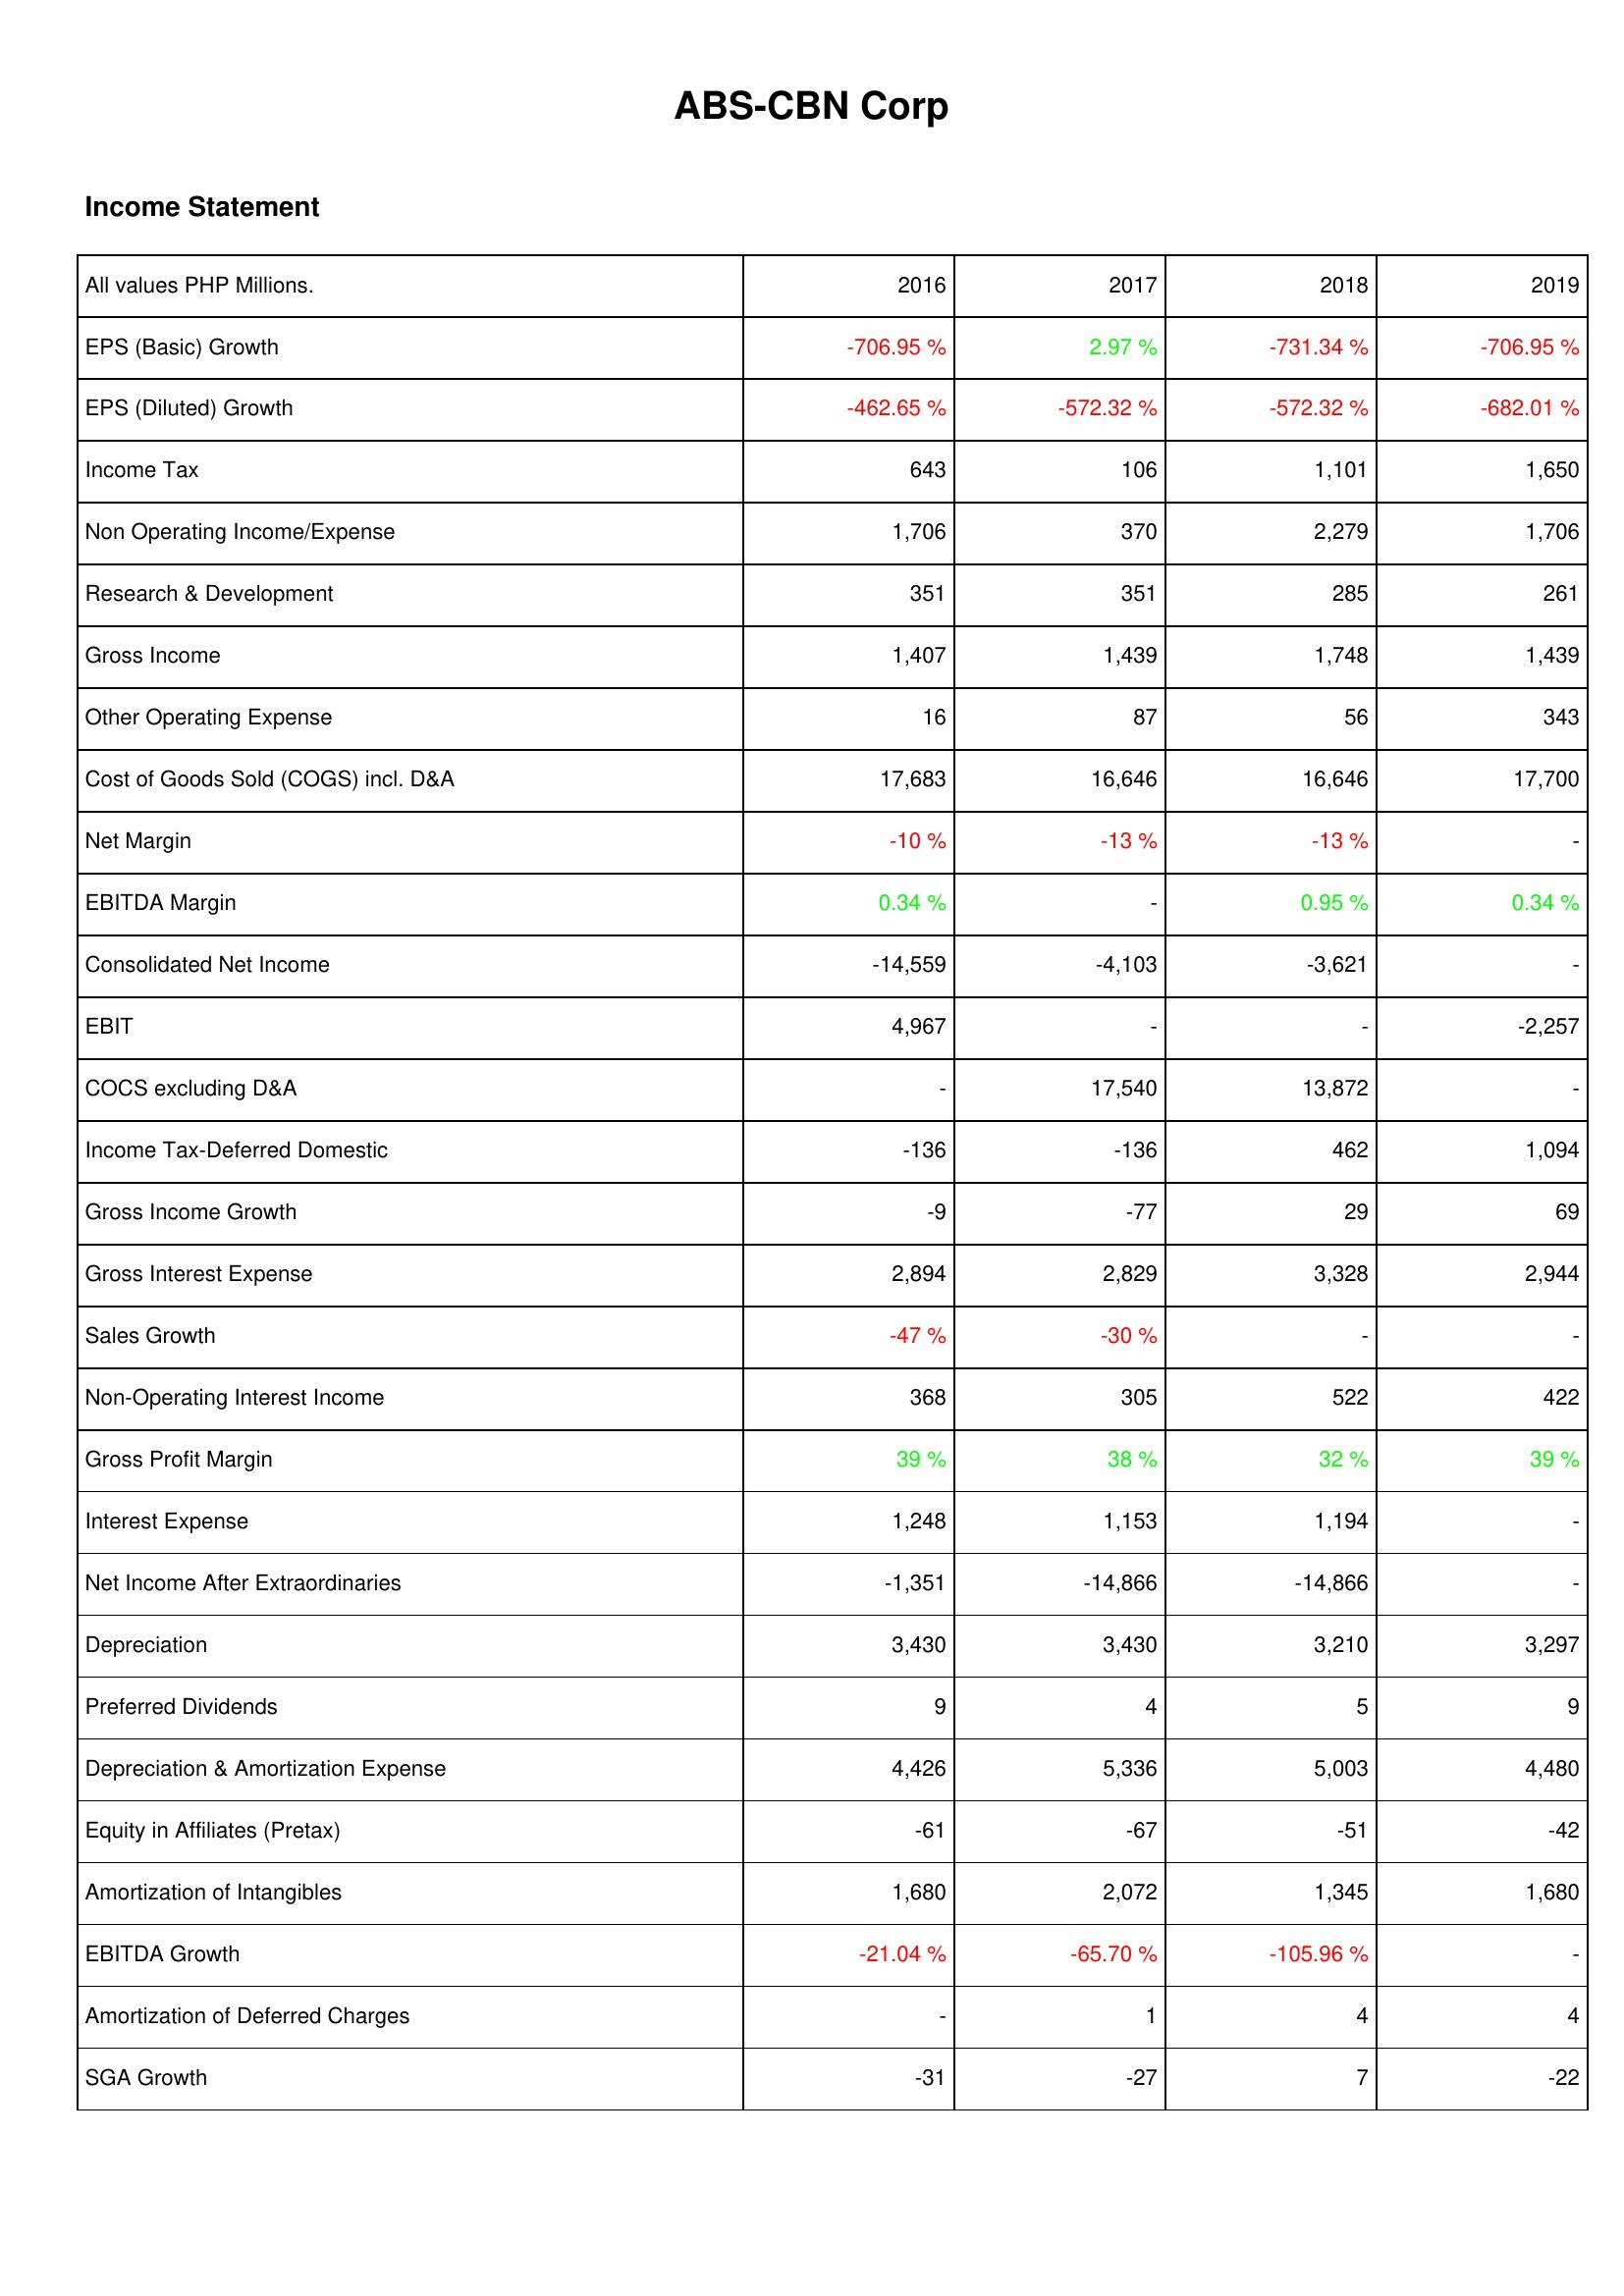
2016: Income Statement: EPS (Basic) Growth: -706.95 %
EPS (Diluted) Growth: -462.65 %
Income Tax: 643
Non Operating Income/Expense: 1,706
Research & Development: 351
Gross Income: 1,407
Other Operating Expense: 16
Cost of Goods Sold (COGS) incl. D&A: 17,683
Net Margin: -10 %
EBITDA Margin: 0.34 %
Consolidated Net Income: -14,559
EBIT: 4,967
COCS excluding D&A: -
Income Tax-Deferred Domestic: -136
Gross Income Growth: -9
Gross Interest Expense: 2,894
Sales Growth: -47 %
Non-Operating Interest Income: 368
Gross Profit Margin: 39 %
Interest Expense: 1,248
Net Income After Extraordinaries: -1,351
Depreciation: 3,430
Preferred Dividends: 9
Depreciation & Amortization Expense: 4,426
Equity in Affiliates (Pretax): -61
Amortization of Intangibles: 1,680
EBITDA Growth: -21.04 %
Amortization of Deferred Charges: -
SGA Growth: -31
2017: Income Statement: EPS (Basic) Growth: 2.97 %
EPS (Diluted) Growth: -572.32 %
Income Tax: 106
Non Operating Income/Expense: 370
Research & Development: 351
Gross Income: 1,439
Other Operating Expense: 87
Cost of Goods Sold (COGS) incl. D&A: 16,646
Net Margin: -13 %
EBITDA Margin: -
Consolidated Net Income: -4,103
EBIT: -
COCS excluding D&A: 17,540
Income Tax-Deferred Domestic: -136
Gross Income Growth: -77
Gross Interest Expense: 2,829
Sales Growth: -30 %
Non-Operating Interest Income: 305
Gross Profit Margin: 38 %
Interest Expense: 1,153
Net Income After Extraordinaries: -14,866
Depreciation: 3,430
Preferred Dividends: 4
Depreciation & Amortization Expense: 5,336
Equity in Affiliates (Pretax): -67
Amortization of Intangibles: 2,072
EBITDA Growth: -65.70 %
Amortization of Deferred Charges: 1
SGA Growth: -27
2018: Income Statement: EPS (Basic) Growth: -731.34 %
EPS (Diluted) Growth: -572.32 %
Income Tax: 1,101
Non Operating Income/Expense: 2,279
Research & Development: 285
Gross Income: 1,748
Other Operating Expense: 56
Cost of Goods Sold (COGS) incl. D&A: 16,646
Net Margin: -13 %
EBITDA Margin: 0.95 %
Consolidated Net Income: -3,621
EBIT: -
COCS excluding D&A: 13,872
Income Tax-Deferred Domestic: 462
Gross Income Growth: 29
Gross Interest Expense: 3,328
Sales Growth: -
Non-Operating Interest Income: 522
Gross Profit Margin: 32 %
Interest Expense: 1,194
Net Income After Extraordinaries: -14,866
Depreciation: 3,210
Preferred Dividends: 5
Depreciation & Amortization Expense: 5,003
Equity in Affiliates (Pretax): -51
Amortization of Intangibles: 1,345
EBITDA Growth: -105.96 %
Amortization of Deferred Charges: 4
SGA Growth: 7
2019: Income Statement: EPS (Basic) Growth: -706.95 %
EPS (Diluted) Growth: -682.01 %
Income Tax: 1,650
Non Operating Income/Expense: 1,706
Research & Development: 261
Gross Income: 1,439
Other Operating Expense: 343
Cost of Goods Sold (COGS) incl. D&A: 17,700
Net Margin: -
EBITDA Margin: 0.34 %
Consolidated Net Income: -
EBIT: -2,257
COCS excluding D&A: -
Income Tax-Deferred Domestic: 1,094
Gross Income Growth: 69
Gross Interest Expense: 2,944
Sales Growth: -
Non-Operating Interest Income: 422
Gross Profit Margin: 39 %
Interest Expense: -
Net Income After Extraordinaries: -
Depreciation: 3,297
Preferred Dividends: 9
Depreciation & Amortization Expense: 4,480
Equity in Affiliates (Pretax): -42
Amortization of Intangibles: 1,680
EBITDA Growth: -
Amortization of Deferred Charges: 4
SGA Growth: -22